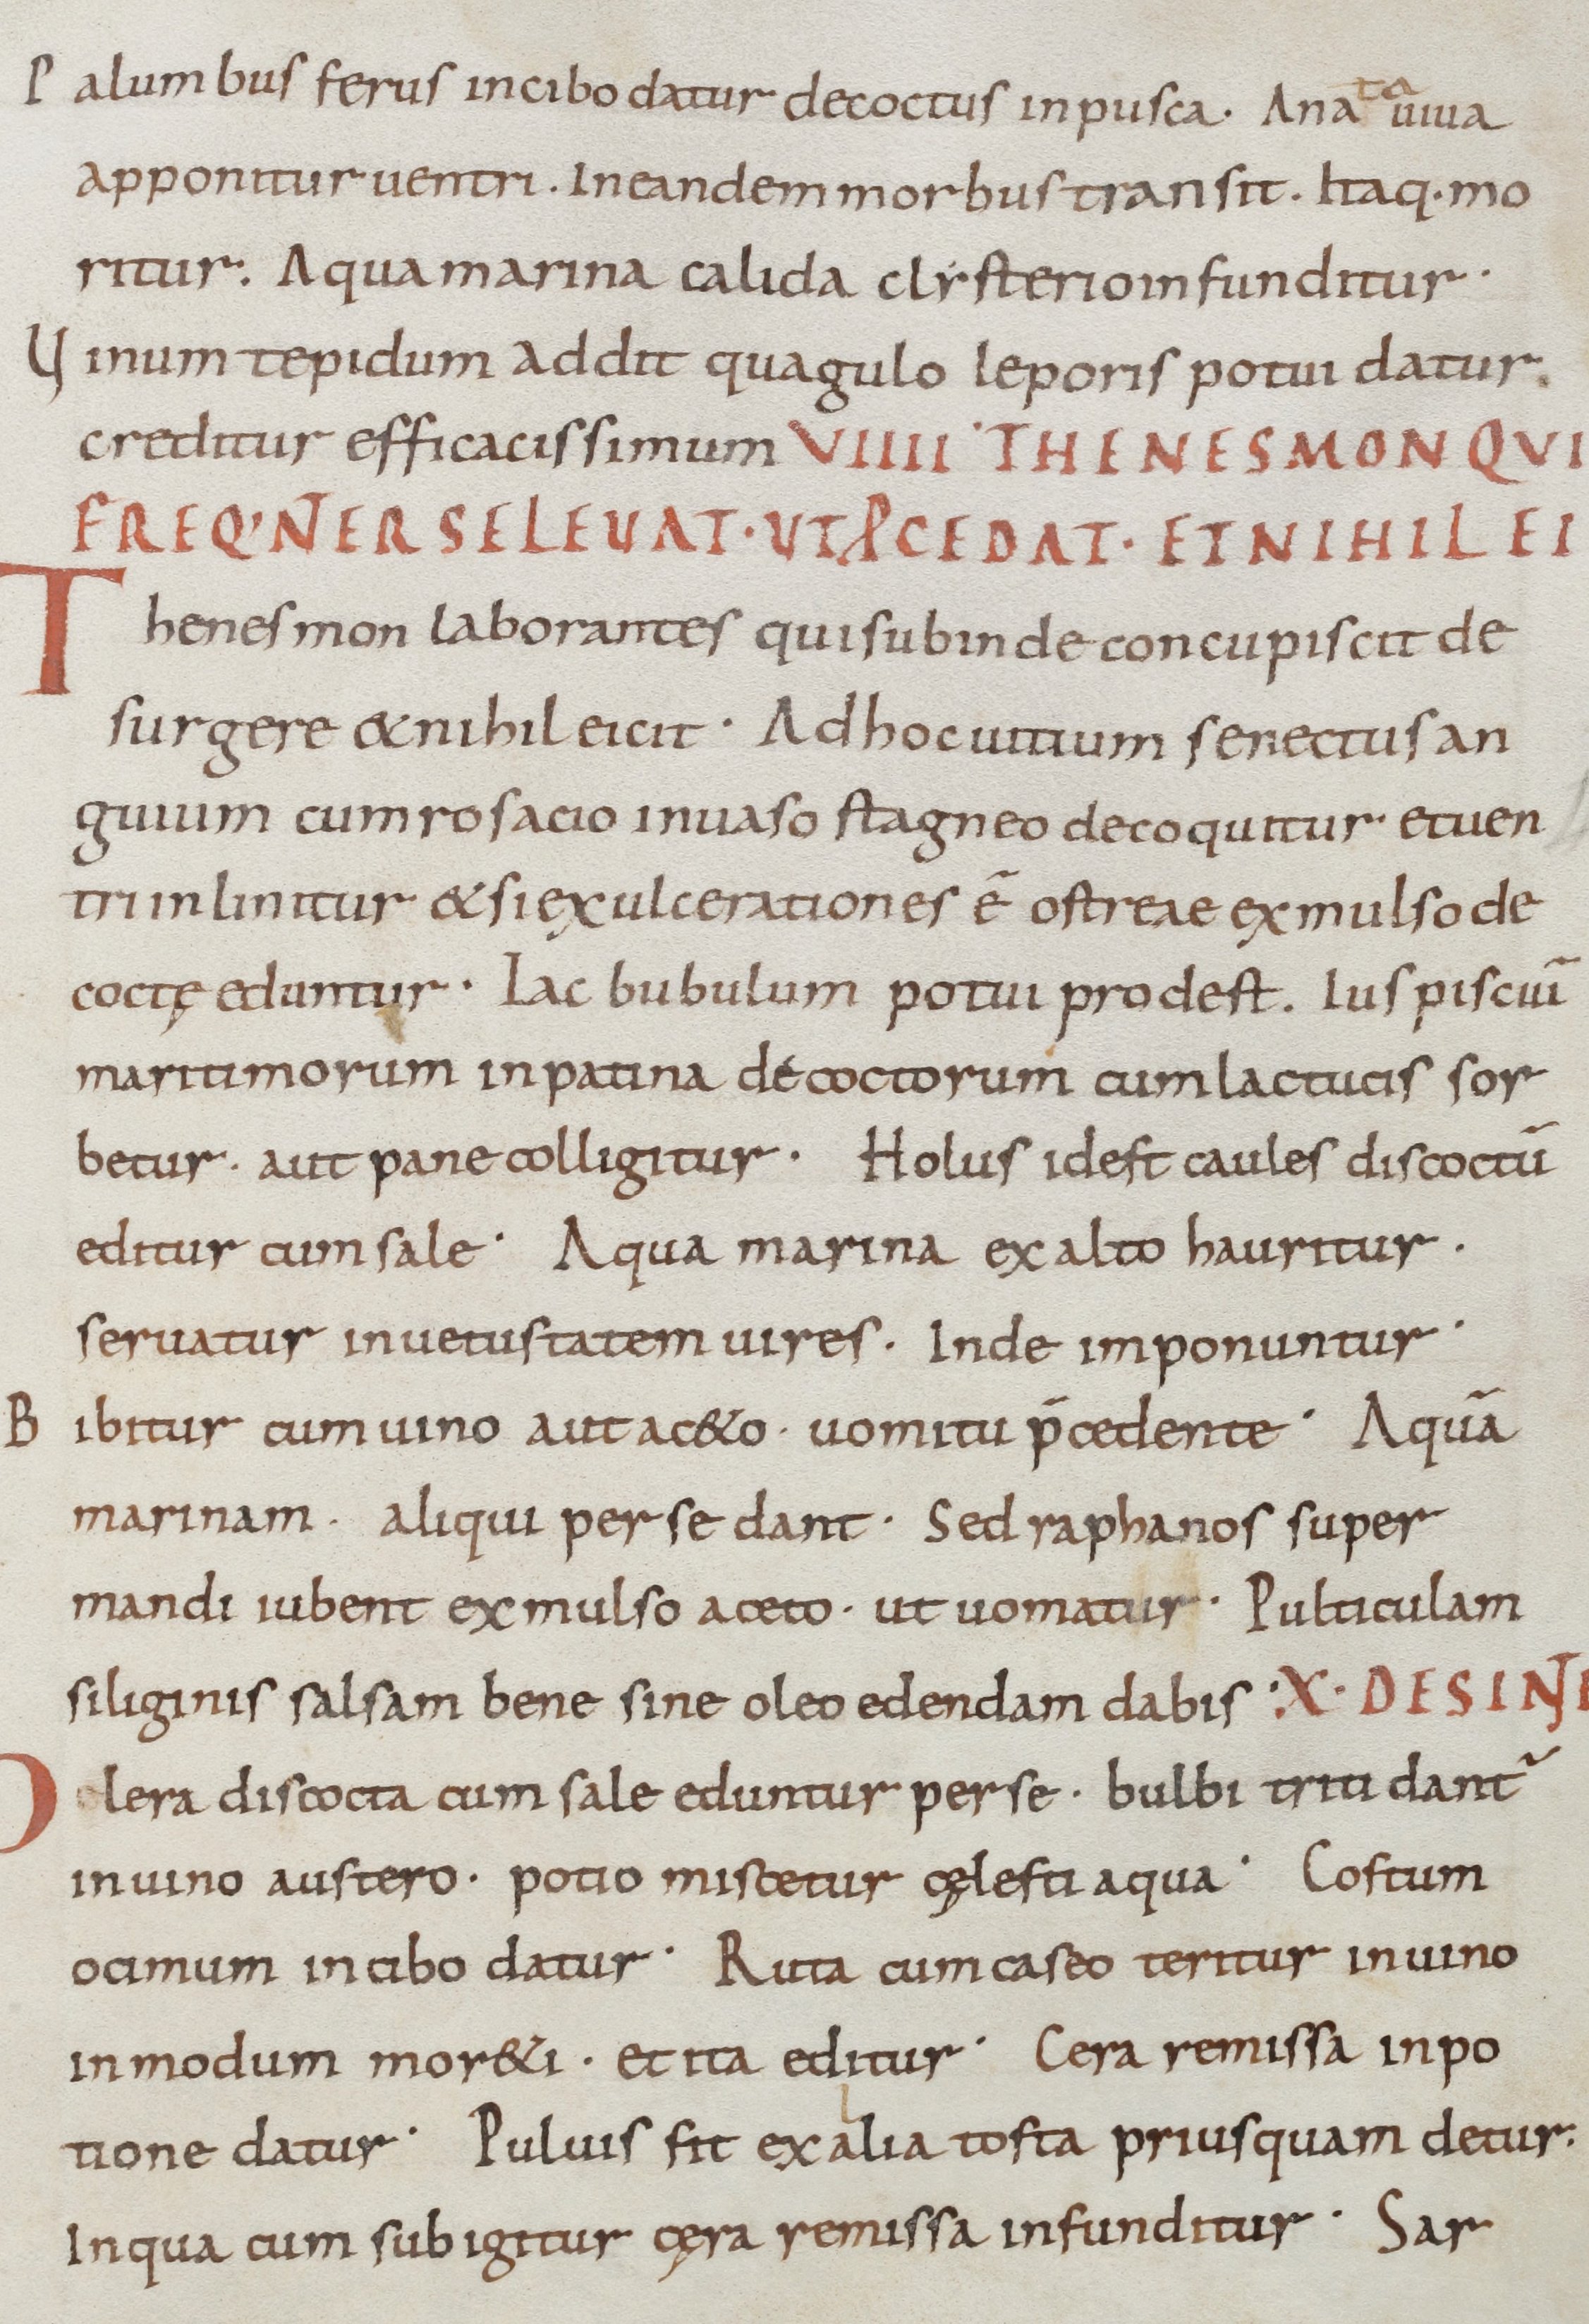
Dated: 900–1099